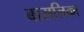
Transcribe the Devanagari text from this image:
बासलिका